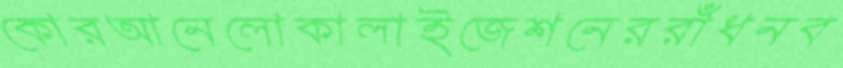
কোরআনেলোকালাইজেশনেররাঁধনব